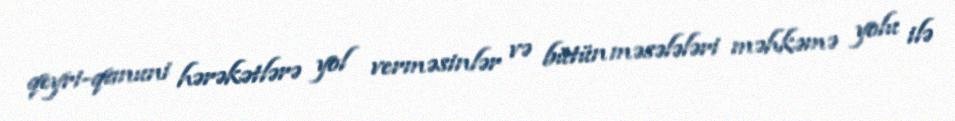
qeyri-qanuni hərəkətlərə yol verməsinlər və bütün məsələləri məhkəmə yolu ilə